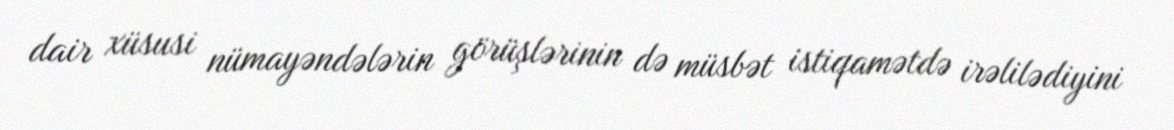
dair xüsusi nümayəndələrin görüşlərinin də müsbət istiqamətdə irəlilədiyini